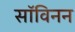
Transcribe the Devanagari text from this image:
सॉविनन